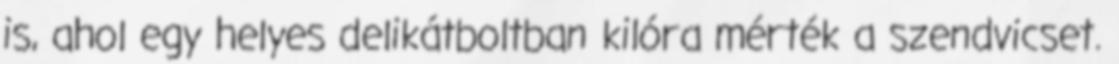
is, ahol egy helyes delikátboltban kilóra mérték a szendvicset.